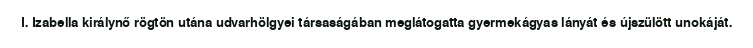
I. Izabella királynő rögtön utána udvarhölgyei társaságában meglátogatta gyermekágyas lányát és újszülött unokáját.